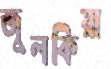
জুলকিয়া